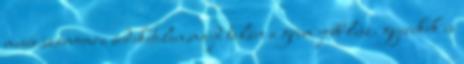
mesés.számomra érdeketelen,majd talán a grim jobb lesz. gyerekek is